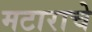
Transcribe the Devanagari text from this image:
मटाराचे